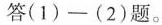
答(1)-(2)题。